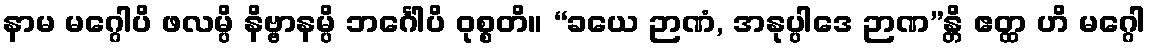
နာမ မဂ္ဂေါပိ ဖလမ္ပိ နိဗ္ဗာနမ္ပိ ဘင်္ဂေါပိ ဝုစ္စတိ။ “ခယေ ဉာဏံ, အနုပ္ပါဒေ ဉာဏ”န္တိ ဧတ္ထ ဟိ မဂ္ဂေါ